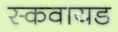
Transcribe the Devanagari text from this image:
स्कवायड